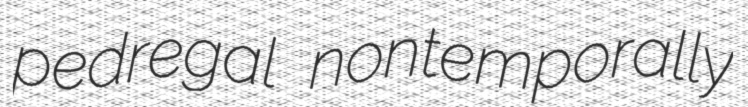
pedregal nontemporally